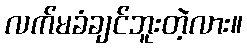
လက်မခံချင်ဘူးတဲ့လား။